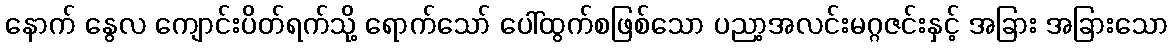
နောက် နွေလ ကျောင်းပိတ်ရက်သို့ ရောက်သော် ပေါ်ထွက်စဖြစ်သော ပညာ့အလင်းမဂ္ဂဇင်းနှင့် အခြား အခြားသော